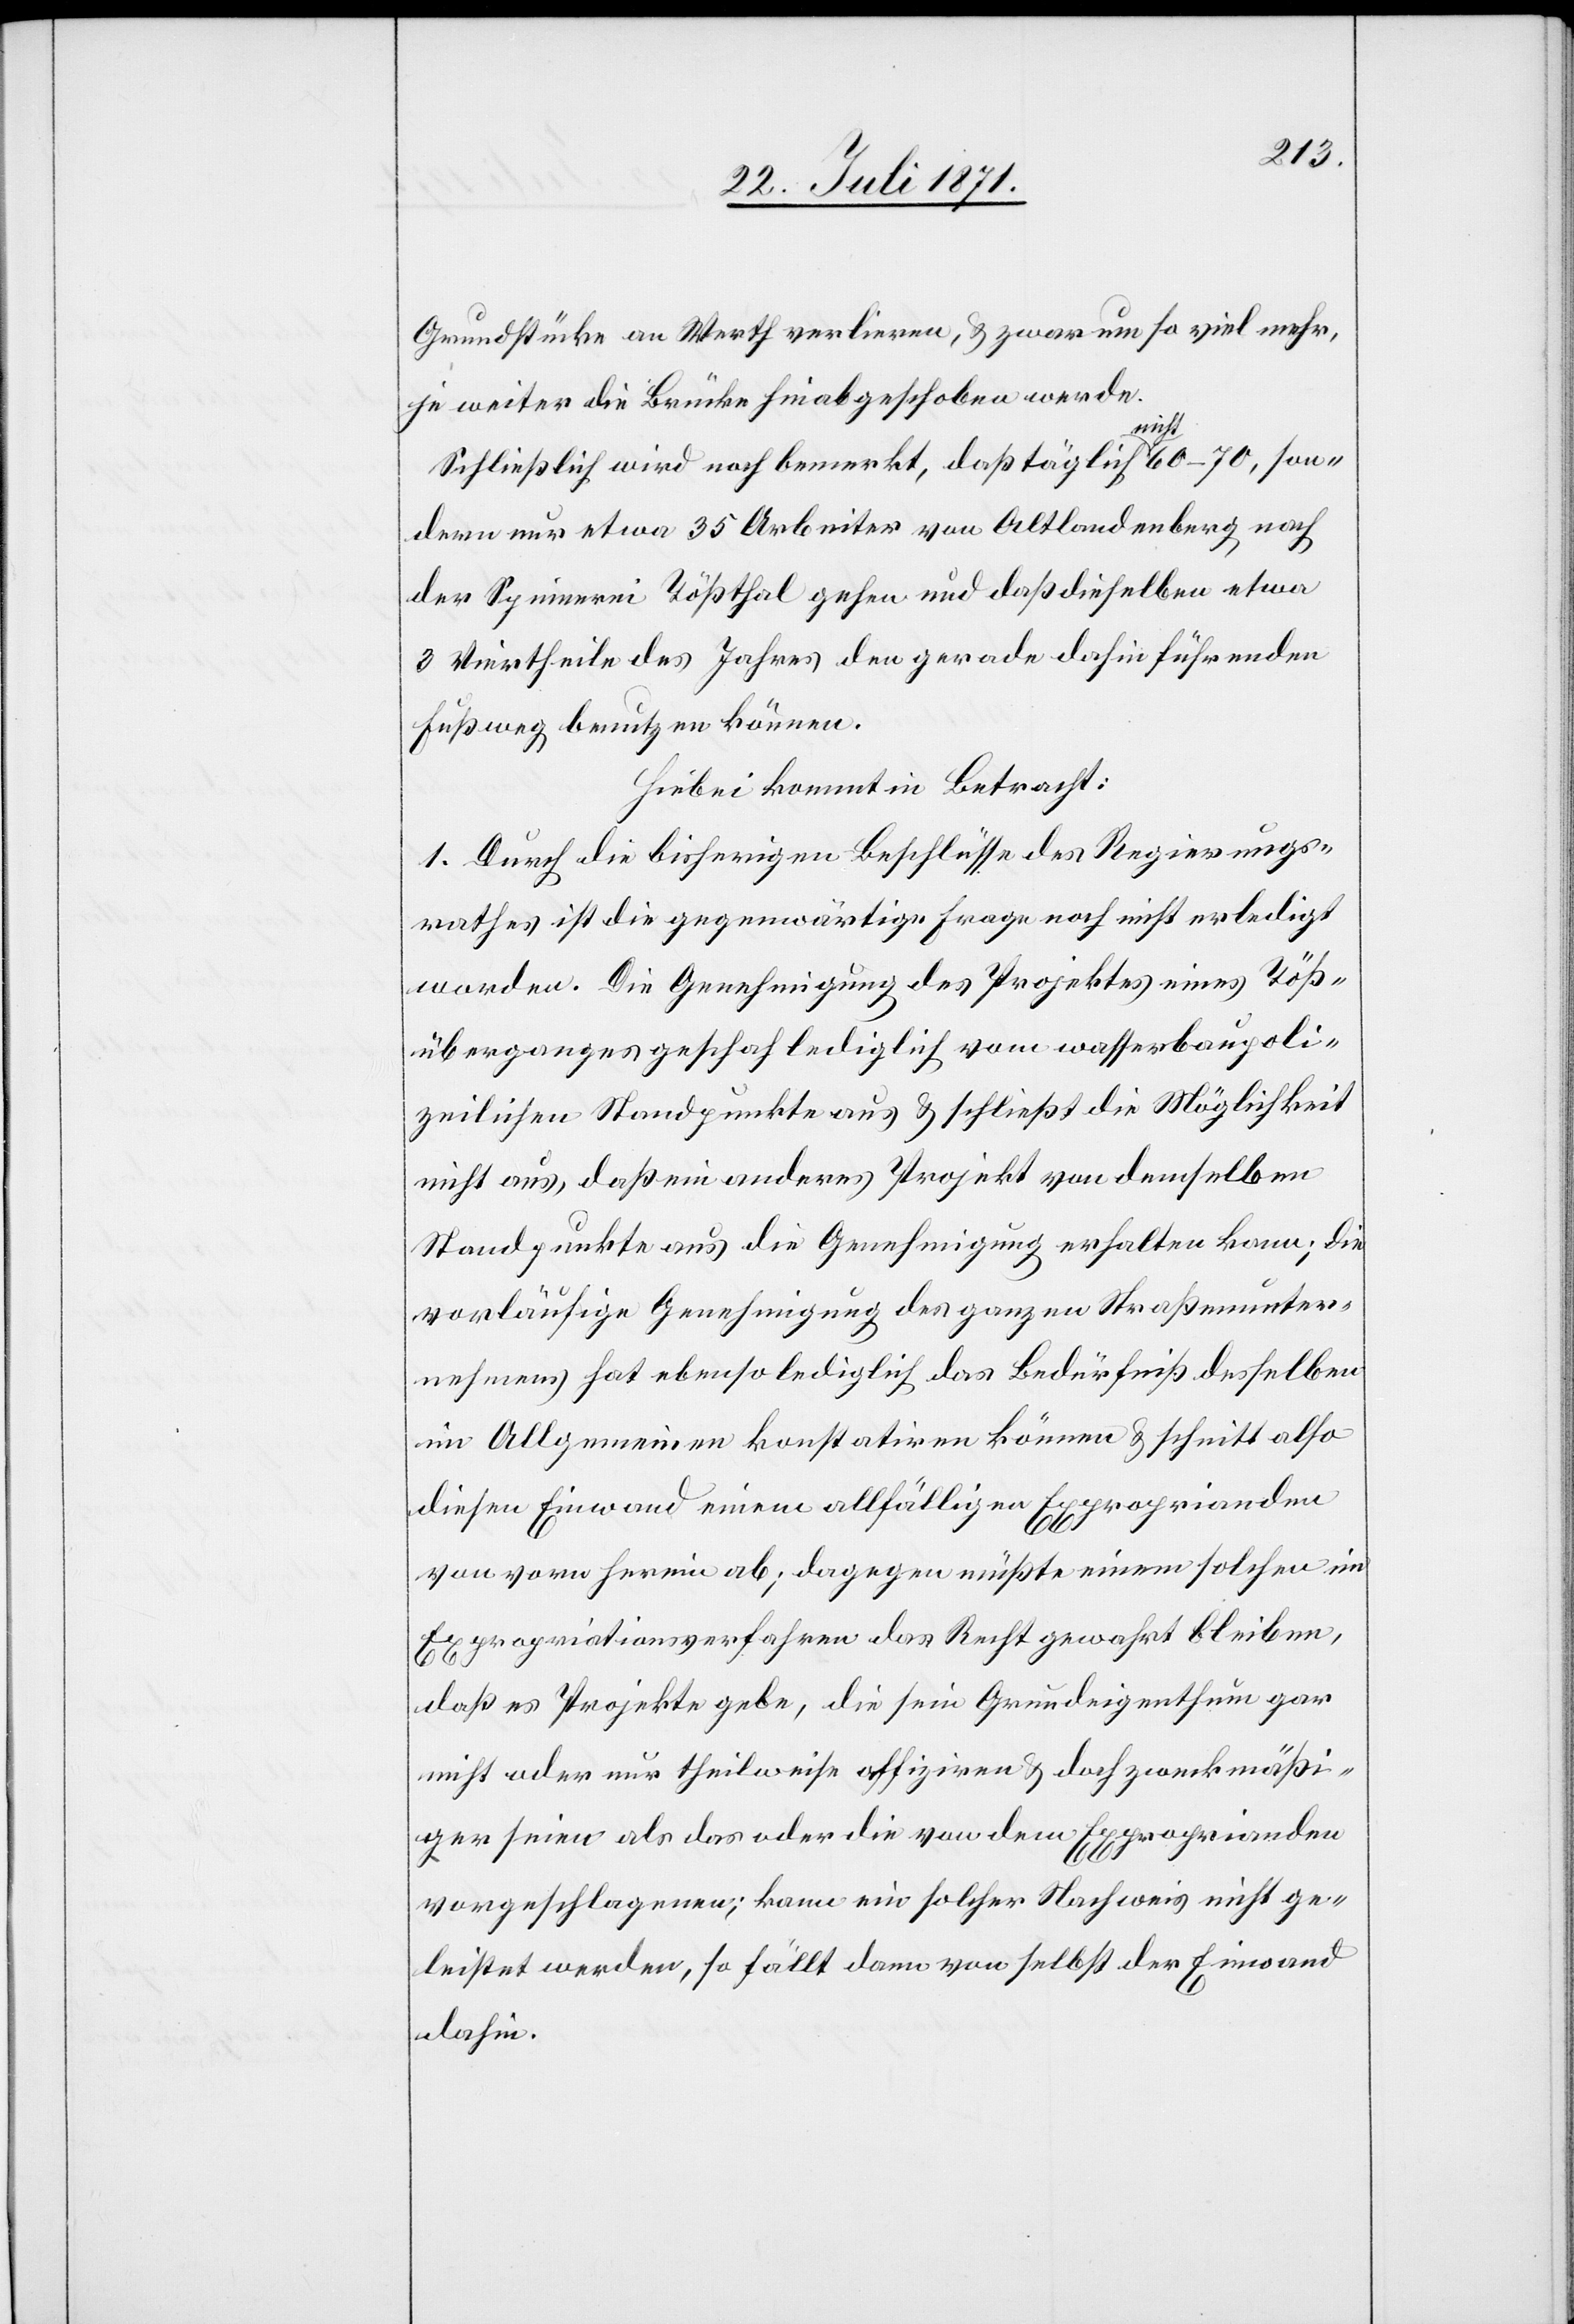
Grundstücke an Werth verlieren, u. zwar um so viel mehr,
je weiter die Brücke hinabgeschoben werde.
Schließlich wird noch bemerkt, daß täglich nicht 60–70, son¬
dern nur etwa 35 Arbeiter von Altlandenberg nach
der Spinnerei Tößthal gehen und daß dieselben etwa
3 Viertheile des Jahres den gerade dahin führenden
Fußweg benutzen können.
Hiebei kommt in Betracht:
1. Durch die bisherigen Beschlüsse des Regierungs¬
rathes ist die gegenwärtige Frage noch nicht erledigt
worden. Die Genehmigung des Projektes eines Töß¬
überganges geschah lediglich vom wasserbaupoli¬
zeilichen Standpunkte aus u. schließt die Möglichkeit
nicht aus, daß ein anderes Projekt von demselben
Standpunkt aus die Genehmigung erhalten kann; die
vorläufige Genehmigung des ganzen Straßenunter¬
nehmens hat ebenso lediglich das Bedürfniß desselben
im Allgemeinen konstatiren können u. schnitt also
diesen Einwand einem allfälligen Exproprianden
von vorn herein ab; dagegen müßte einem solchen im
Expropriationsverfahren das Recht gewahrt bleiben,
daß es Projekte gebe, die sein Grundeigenthum gar
nicht oder nur theilweise affiziren u. doch zweckmäßi¬
ger seien als das oder die von dem Exproprianden
vorgeschlagenen; kann ein solcher Nachweis nicht ge¬
leistet werden, so fällt dann von selbst der Einwand
dahin.